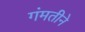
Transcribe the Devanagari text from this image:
गंमतीने